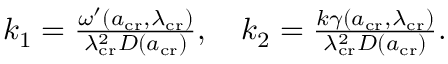
\begin{array} { r } { k _ { 1 } = \frac { \omega ^ { \prime } ( a _ { \mathrm { c r } } , \lambda _ { \mathrm { c r } } ) } { \lambda _ { \mathrm { c r } } ^ { 2 } D ( a _ { \mathrm { c r } } ) } , \quad k _ { 2 } = \frac { k \gamma ( a _ { \mathrm { c r } } , \lambda _ { \mathrm { c r } } ) } { \lambda _ { \mathrm { c r } } ^ { 2 } D ( a _ { \mathrm { c r } } ) } . } \end{array}